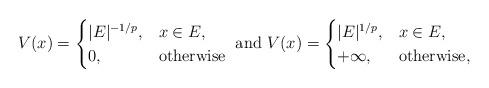
LaTeX: \begin{align*}V(x)=\begin{cases}|E|^{-1/p},& x\in E,\\0,& \mbox{otherwise}\end{cases}\mbox{ and }V(x)=\begin{cases}|E|^{1/p},& x\in E,\\+\infty,& \mbox{otherwise}, \end{cases}\end{align*}